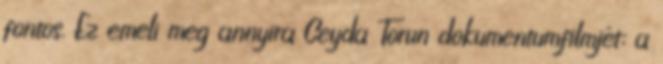
fontos. Ez emeli meg annyira Ceyda Torun dokumentumfilmjét: a